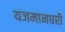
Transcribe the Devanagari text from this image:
यजमानघरी